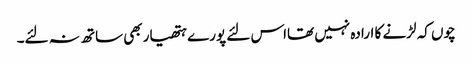
چوں کہ لڑنے کا ارادہ نہیں تھااس لئے پورے ہتھیار بھی ساتھ نہ لئے۔